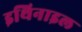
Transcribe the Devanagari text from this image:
इथिनाइल